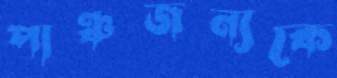
পাঞ্চজন্যকে